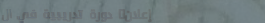
إعلان: دورة تدريبية في ال